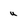
Character: u